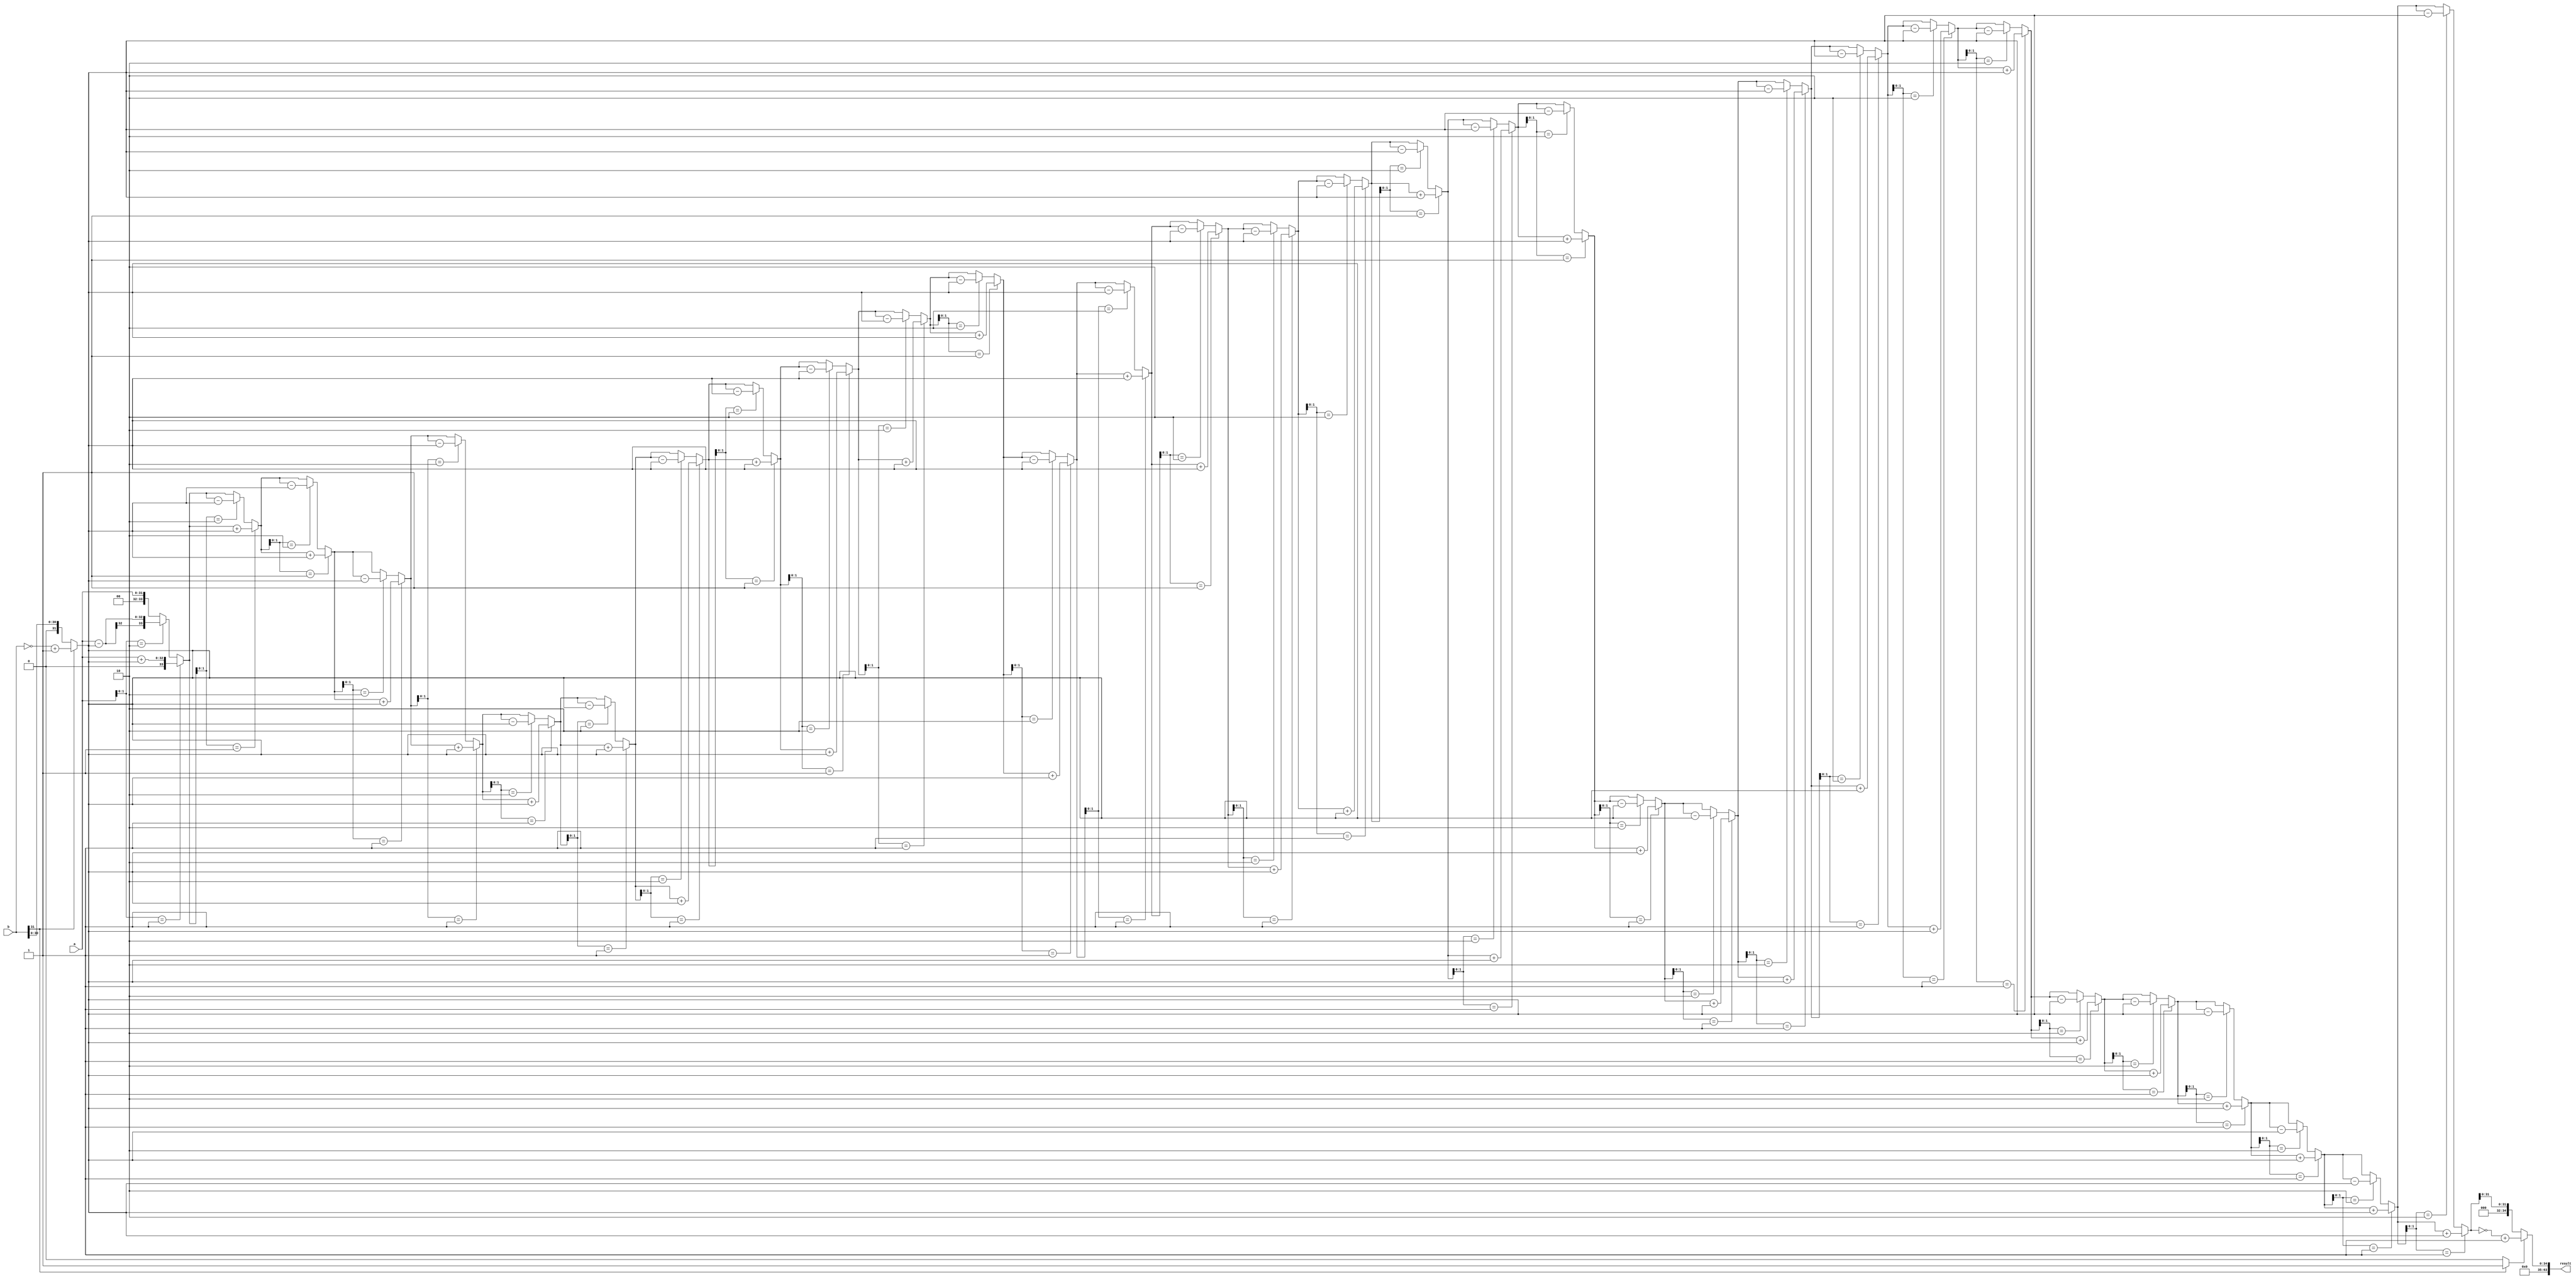
module booth_multiplier (
  input [31:0] a,
  input [31:0] b,
  output reg [63:0] result
);

reg [63:0] product;
reg [63:0] multiplier;
reg [31:0] multiplier_reg;
reg [33:0] partial_product;
reg [4:0] index;
reg sign_bit;

always @(*) begin
  if (b[31] == 1'b1) begin
    multiplier = {32'b0, ~b} + 1;
    sign_bit = 1'b1;
  end else begin
    multiplier = {32'b0, b};
    sign_bit = 1'b0;
  end
end

always @(*) begin
  product = {32'b0, a};
  multiplier_reg = multiplier[31:0];
  index = 5'b0;
  partial_product = {32'b0, product};

  repeat (32) begin
    if (partial_product[1:0] == 2'b01) begin
      partial_product = partial_product + multiplier_reg;
    end else if (partial_product[1:0] == 2'b10) begin
      partial_product = partial_product - multiplier_reg;
    end

    partial_product = {partial_product[63:2], partial_product[1:0]};
    index = index + 1;
  end

  if (sign_bit == 1'b1) begin
    result = {32'b0, ~partial_product} + 1;
  end else begin
    result = {32'b0, partial_product[31:0]};
  end
end

endmodule